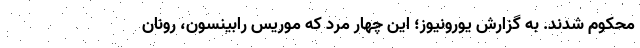
محکوم شدند. به گزارش یورونیوز؛ این چهار مرد که موریس رابینسون، رونان